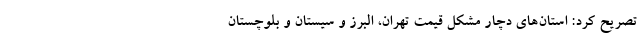
تصریح کرد: استان‌های دچار مشکل قیمت تهران، البرز و سیستان و بلوچستان